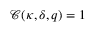
\mathcal { C } ( \kappa , \delta , q ) = 1